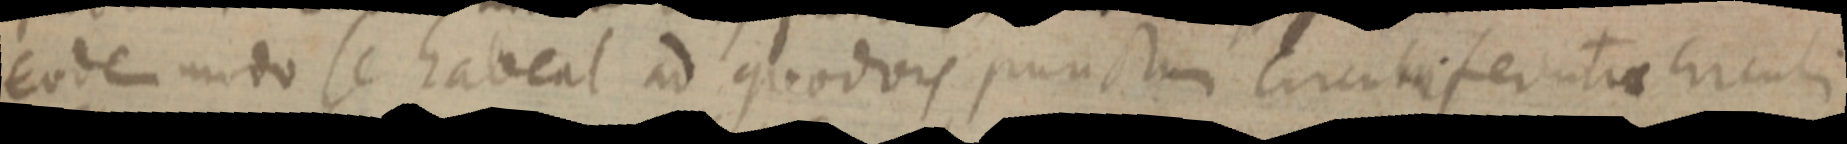
eodem modo se habent ad quodvis punctum circumferentiae circuli